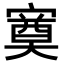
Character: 𭔕